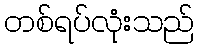
တစ်ရပ်လုံးသည်